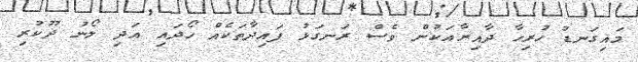
މައިގަނޑު ހުރިހާ ދާއިރާއަކުން ވެސް ރަނގަޅު ފައިދާތަކެއް ހޯދައި އަދި ލޯނު ދޫކުރި